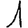
Digit: 1